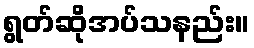
ရွတ်ဆိုအပ်သနည်း။